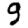
Digit: 9